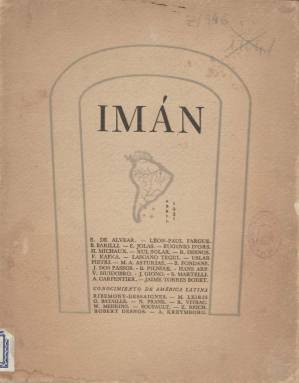
Título: Imán (Paris)
Colección: Cultura || Literatura
Ámbito geográfico: Francia
Lugar de publicación: Paris
Fechas: 01/04/1931-30/04/1931

Efímera revista literaria patrocinada y dirigida por la escritora argentina Elvira de Alvear (1907-1959), considerada como la más constante musa y amiga de Jorge Luis Borges (1899-1986), quien, como miembro de una de las principales familias patricias de su país, la pudo sufragar durante su estancia en París en los primeros años treinta del siglo veinte, en los que vivió en un palacio y se relacionó con Paul Valéry (1882-1941), James Joyce (1882-1941), Vicente Huidobro (1893-1948), Miguel Ángel Asturias (1899-1974) o Rafael Alberti (1902-1909), entre otros escritores hispanoamericanos y europeos, quedando su revista marcada por la estética vanguardista de la época. El título de la publicación probablemente proviene de la influencia de Les Champs magnètiques (1919), que habían escrito los fundadores del surrealismo, André Bretón (1896-1966) y Philippe Soupault (1897-1990), como señalan Gilberto Mendoça Tales y Kalu Müller Bergh en su Vanguardia latinoamericana (2000).

Su editora quiso sumarse al movimiento emprendido por otras mujeres latinoamericanas, como es el caso de su compatriota Victoria Ocampo (1890-1979), que también había fundado tres meses antes en Buenos Aires la que después será la mítica Sur (1931). Alvear, en el artículo de presentación de Imán, expresará que no había “sido planeado con ideas sujetas a un dogma de capilla ni manifestará estrictamente un carácter local”, y que se proponía “intervenir con un rápido vistazo en tendencias y movimientos” en literatura o poesía, entre otras plasmaciones de la creación artística, abriendo “nuevos caminos comunes al pensamiento actual, entorpecido en tradiciones”.

Su secretario de Redacción será Alejo Carpentier (1904-1980), y en sus páginas se difundirán las inquietudes vanguardistas de una generación de escritores latinoamericanos, junto a otros textos de autores europeos y americanos. Aparecen las firmas de León-Paul Fargue, Jean Giono, Emilio Lascano Tegui, Xul Solar, Bruno Barilli, Vicente Huidobro, Henri Michaux, Jaime Torres Bodet, Robert Desnos, Franz Kafka (traducido por Arqueles Vela), Miguel Ángel Asturias, Eugène Jolas (traducido por Manuel Altolaguirre), Benjamín Fondane, Xixto Martelli, Alejo Carpentier (con un fragmento de Ecué Yamba-O), Hans Arp, Boris Pilniak (traducido por Miguel Ángel Asturias), John Dos-Passos (traducido por Carlos Enríquez) o Arturo Uslar Pietri.

También publica una encuesta, bajo el epígrafe “Conocimiento de América Latina”, a la que responden diez representantes del surrealismo literario centralizado en París, exponiendo sus ideas sobre ese continente: Ribemont Dessaignes, Robert Desnos, Georges Bataille, Michel Leiris, el citado Philippe Soupault, Walter Mehring, Alfred Kreymborg, Zdenko Reich, Roger Vitrac y Nino Frank.

El único número de Imán, que lleva como subtítulo “revista trimestral”, se terminó de estampar el 30 de abril de 1931. En el mismo se indica que se editaron cuatro ediciones, según en papel en el que fue estampado. El ejemplar de la Biblioteca Nacional de España lleva el número 2.622, de una edición de 2.500 impresos sobre papel Alfa Mouse, de las Papelerías de Navarre. La circulación de la entrega se llevó a cabo a través de la Librería Viau y Zona (Buenos Aires); Librería Española (París), de Juan Vicens de la Llave, y Librería Sánchez Cuesta (Madrid). El segundo número, al parecer, quedó sólo en galeradas. Su editora regresó a Buenos Aires en 1937.